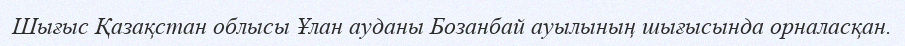
Шығыс Қазақстан облысы Ұлан ауданы Бозанбай ауылының шығысында орналасқан.